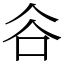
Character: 𧮫